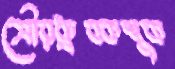
সৌরধ্রুবকশুক